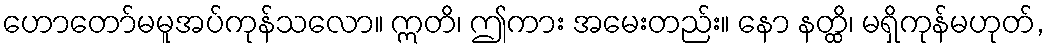
ဟောတော်မမူအပ်ကုန်သလော။ ဣတိ၊ ဤကား အမေးတည်း။ နော နတ္ထိ၊ မရှိကုန်မဟုတ်,